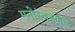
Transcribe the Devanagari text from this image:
मनोरंजनकार